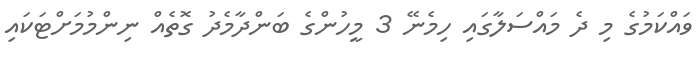
ވައްކަމުގެ މި ދެ މައްސަލާގައި ހިމެނޭ 3 މީހުންގެ ބަންދާމެދު ގޮތެއް ނިންމުމަށްޓަކައި